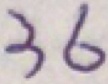
3 6